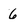
Character: 6